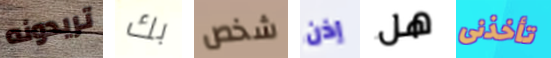
تريدونه بك شخص إذن هل تأخذنى